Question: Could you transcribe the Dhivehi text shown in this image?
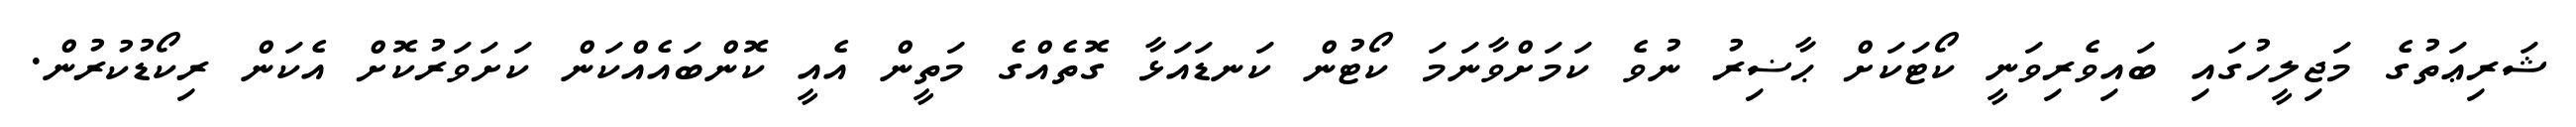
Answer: ޝަރިޢަތުގެ މަޖިލީހުގައި ބައިވެރިވަނީ ކޯޓަކަށް ޙާޟިރު ނުވެ ކަމަށްވާނަމަ ކޯޓުން ކަނޑައަޅާ ގޮތެއްގެ މަތީން އެއީ ކޮންބައެއްކަން ކަށަވަރުކޮށް އެކަން ރިކޯޑުކުރުން.